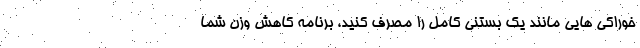
خوراکی هایی مانند یک بستنی کامل را مصرف کنید، برنامه کاهش وزن شما